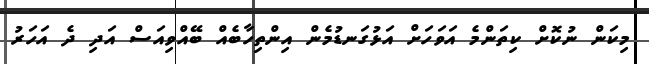
މިކަން ނުކޮށް ކިތަންމެ އަވަހަށް އަޅުގަނޑުމެން އިންތިހާބެއް ބޭއްވިއަސް އަދި ދެ އަހަރު